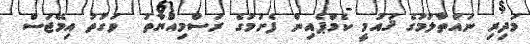
މަދިރި ނައްތާލުމުގެ ޤައުމީ ކެމްޕެއިން ފެށުމުގެ ރަސްމިއްޔާތު  ވަގުތު އިމޭޖަސް